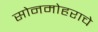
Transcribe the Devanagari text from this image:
सोनमोहराचे